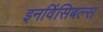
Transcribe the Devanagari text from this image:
इनविंसिबल्स